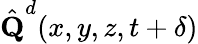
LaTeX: \hat{\textbf{Q}}^{d}(x,y,z,{t+\delta})